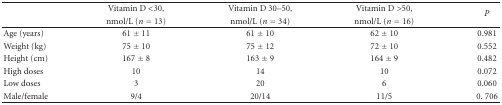
<table><thead><tr><td></td><td><b>Vitamin D &lt;30,</b></td><td><b>Vitamin D 30–50,</b></td><td><b>Vitamin D &gt;50,</b></td><td rowspan="2"><b><i>P</i></b></td></tr><tr><td></td><td><b> nmol/L (<i>n</i> = 13)</b></td><td><b> nmol/L (<i>n</i> = 34)</b></td><td><b>nmol/L (<i>n</i> = 16)</b></td></tr></thead><tbody><tr><td>Age (years)</td><td>61 ± 11</td><td>61 ± 10</td><td>62 ± 10</td><td>0.981</td></tr><tr><td>Weight (kg)</td><td>75 ± 10</td><td>75 ± 12</td><td>72 ± 10</td><td>0.552</td></tr><tr><td>Height (cm)</td><td>167 ± 8</td><td>163 ± 9</td><td>164 ± 9</td><td>0.482</td></tr><tr><td>High doses</td><td>10</td><td>14</td><td>10</td><td>0.072</td></tr><tr><td>Low doses</td><td>3</td><td>20</td><td>6</td><td>0.060</td></tr><tr><td>Male/female</td><td>9/4</td><td>20/14</td><td>11/5</td><td>0. 706</td></tr></tbody></table>